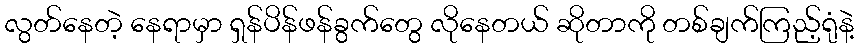
လွတ်နေတဲ့ နေရာမှာ ရှန်ပိန်ဖန်ခွက်တွေ လိုနေတယ် ဆိုတာကို တစ်ချက်ကြည့်ရုံနဲ့